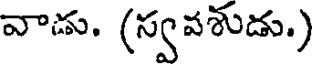
వాడు. (స్వవశుడు.)